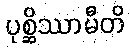
ပုစ္ဆိဿာမီတိ